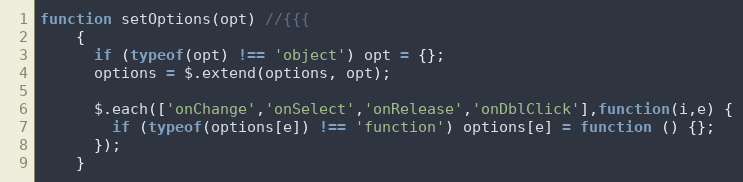
Language: JavaScript
function setOptions(opt) //{{{
    {
      if (typeof(opt) !== 'object') opt = {};
      options = $.extend(options, opt);

      $.each(['onChange','onSelect','onRelease','onDblClick'],function(i,e) {
        if (typeof(options[e]) !== 'function') options[e] = function () {};
      });
    }